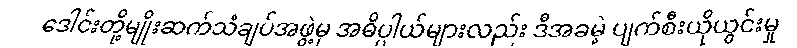
ဒေါင်းတို့မျိုးဆက်သံချပ်အဖွဲ့မှ အဓိပ္ပါယ်များလည်း ဒီအခမဲ့ ပျက်စီးယိုယွင်းမှု